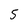
Character: 5